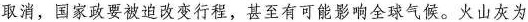
取消，国家政要被迫改变行程，甚至有可能影响全球气候。火山灰为